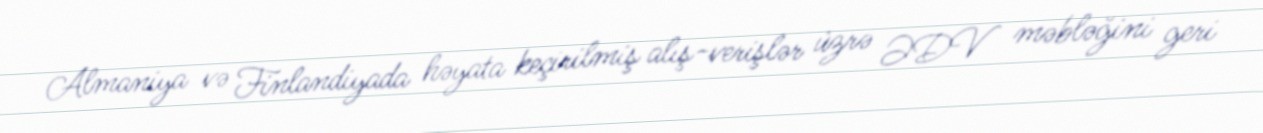
Almaniya və Finlandiyada həyata keçirilmiş alış-verişlər üzrə ƏDV məbləğini geri